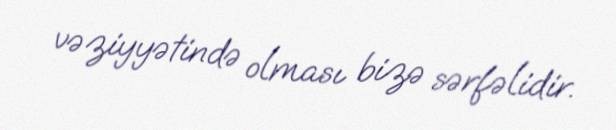
vəziyyətində olması bizə sərfəlidir.